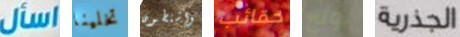
اسأل تخلينا واشنطون حقائب بونج الجذرية